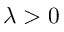
\lambda > 0